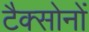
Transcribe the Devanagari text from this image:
टैक्सोनों